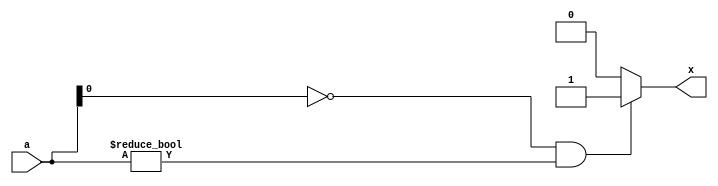


module par4b (a,x);

	input      [3:0] a;
	output     reg x;
	
	always@(a)
	begin
		if(a[0]==0 && a!=0)
			x=1;
		else
			x=0;
		
	end
	
endmodule